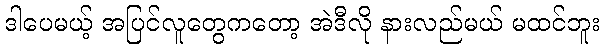
ဒါပေမယ့် အပြင်လူတွေကတော့ အဲဒီလို နားလည်မယ် မထင်ဘူး